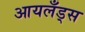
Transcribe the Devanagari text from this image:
आयलँड्स